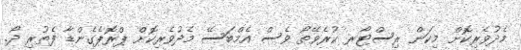
މެދުވެރިކޮށް މިކަން ރިސްޓޯރ ކުރެވޭތޯ ވެސް އެމްބަސޭ މެދުވެރިކޮށް ޕްރޮޕެގެންޑާ ފެތުރި ދޯ.